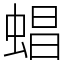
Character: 䗉